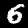
Digit: 6